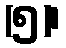
(၅)၊